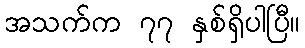
အသက်က ၇၇ နှစ်ရှိပါပြီ။